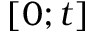
[ 0 ; t ]